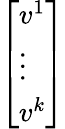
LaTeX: \left[\begin{array}{l}{v^{1}}\\ {\vdots}\\ {v^{k}}\end{array}\right]